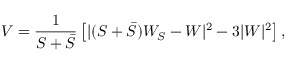
V = \frac { 1 } { S + \bar { S } } \left[ | ( S + \bar { S } ) W _ { S } - W | ^ { 2 } - 3 | W | ^ { 2 } \right] ,